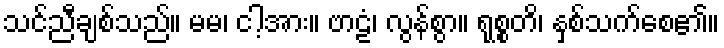
သင်ညီချစ်သည်။ မမ၊ ငါ့အား။ ဗာဠံ၊ လွန်စွာ။ ရုစ္စတိ၊ နှစ်သက်စေ၏။